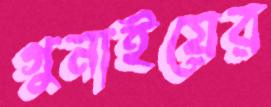
গুনাইয়ের